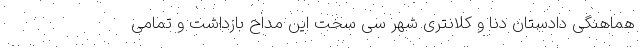
هماهنگی دادستان دنا و کلانتری شهر سی سخت این مداح بازداشت و تمامی